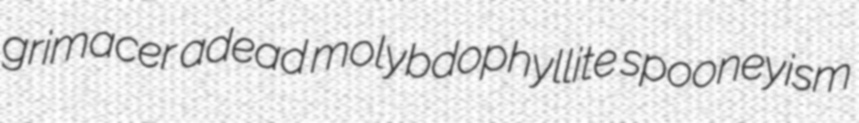
grimacer adead molybdophyllite spooneyism